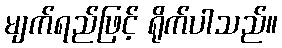
မျက်ရည်ဖြင့် ရိုက်ပါသည်။